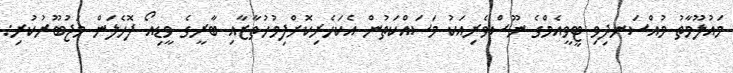
މައުލޫމާތު މުއްސަނދިވި ޓީވީއެމްގެ ނޫސްވެރިއަކު މަސައްކަތުން އެކަހެރިކޮށްފިމުހުތާޒާއި ބާރީގެ ވީޑިއޯ ފޮހެލަން މަޖުބޫރުކުރި: